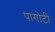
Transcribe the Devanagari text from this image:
पागोटी